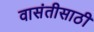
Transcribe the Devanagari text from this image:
वासंतीसाठी